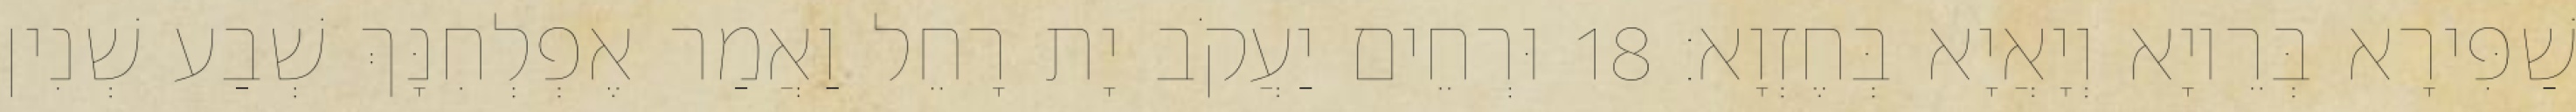
שַׁפִּירָא בְּרֵיוָא וְיָאֲיָא בְּחֶזְוָא׃ 18 וּרְחֵים יַעֲקֹב יָת רָחֵל וַאֲמַר אֶפְלְחִנָּךְ שְׁבַע שְׁנִין